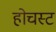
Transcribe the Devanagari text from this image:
होचस्ट